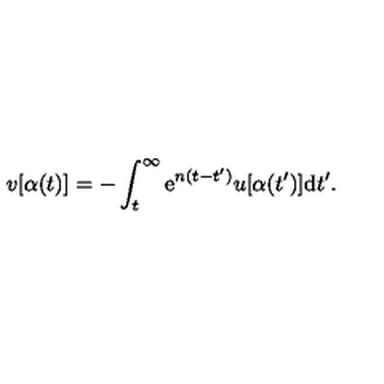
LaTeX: v [ \alpha ( t ) ] = - \int _ { t } ^ { \infty } \mathrm { e } ^ { n ( t - t ^ { \prime } ) } u [ \alpha ( t ^ { \prime } ) ] \mathrm { d } t ^ { \prime } .